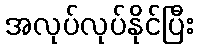
အလုပ်လုပ်နိုင်ပြီး